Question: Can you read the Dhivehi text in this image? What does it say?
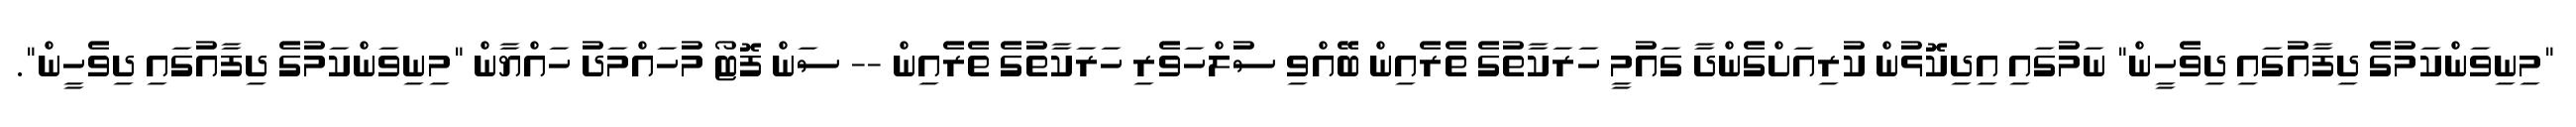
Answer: "މިނިވަންކަމުގެ ދިފާއުގައި ދިވެހީން" ނަމުގައި އިދިކޮޅުން ކުރިއަށްގެންދާ ގައުމީ ހަރަކާތުގެ ތެރެއިން ބޭއްވި ސުލްހަވެރި ހަރަކާތުގެ ތެރެއިން -- ސަން ފޮޓޯ މުހައްމަދު ހައްޔާން "މިނިވަންކަމުގެ ދިފާއުގައި ދިވެހީން".